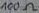
Text: 100Ω